Vaccination United Provinces of Agra and Oudh 1902-1913 - 1902-1913
Year: 1902
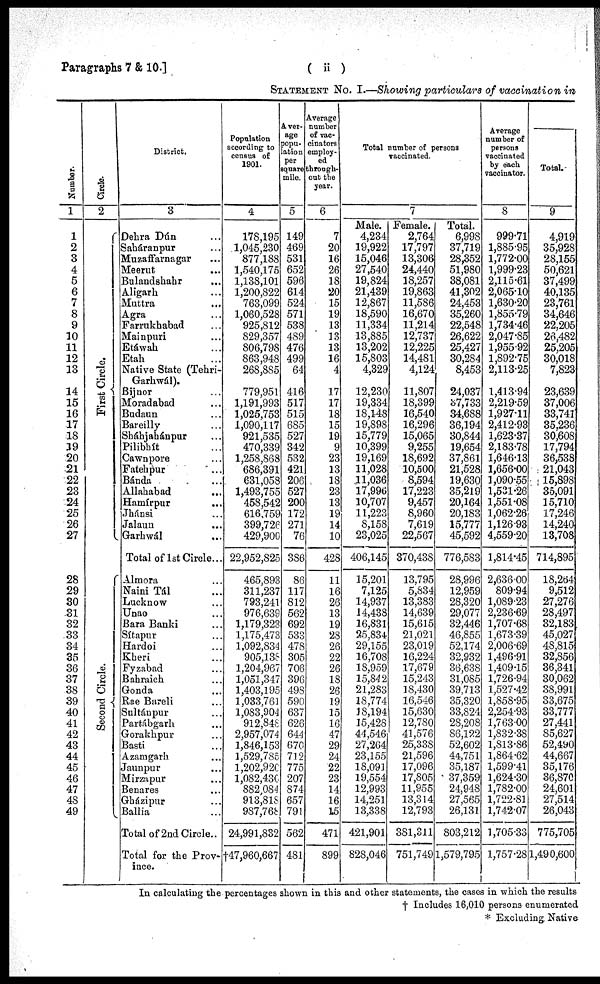
( ii )
Paragraphs 7 & 10.]
STATEMENT No. I.—Showing particulars of vaccination in
Number.
1
1
2
3
4
5
6
7
8
9
10
11
12
13
14
15
16
17
18
19
20
21
22
23
24
25
26
27
28
29
30
31
32
33
34
35
36
37
38
39
40
41
42
43
44
45
46
47
48
49
Circle.
2
First Circle.
Second Circle.
District.
3
Dehra Dún ...
Saháranpur ...
Muzaffarnagar ...
Meerut ...
Bulandshahr ...
Aligarh ...
Muttra ...
Agra ...
Farrukhabad ...
Mainpuri ...
Etáwah ...
Etah ...
Native State (Tehri¬
Garhwál).
Bijnor ...
Moradabad ...
Budaun ...
Bareilly ...
Sháhjahánpur ...
Pilibhít ...
Cawnpore ...
Fatehpur ...
Bánda ...
Allahabad ...
Hamírpur ...
Jhánsi ...
Jalaun ...
Garhwál ...
Total of 1st Circle ...
Almora ...
Naini Tál ...
Lucknow ...
Unao ...
Bara Banki ...
Sítapur ...
Hardoi ...
Kheri ...
Fyzabad ...
Bahraich ...
Gonda ...
Rae Bareli ...
Sultánpur ...
Partábgarh ...
Gorakhpur ...
Basti ...
Azamgarh ...
Jaunpur ...
Mirzapur ...
Benares ...
Gházipur ...
Ballia ...
Total of 2nd Circle ...
Total for the Prov-
ince.
Population
according to
census of
1901.
4
178,195
1,045,230
877,188
1,540,175
1,138,101
1,200,822
763,099
1,060,528
925,812
829,357
806,798
863,948
268,885
779,951
1,191,993
1,025,753
1,090,117
921,535
470,339
1,258,868
686,391
631,058
1,493,755
458,542
616,759
399,726
429,900
22,952,825
465,893
311,237
793,241
976,639
1,179,323
1,175,473
1,092,834
905,138
1,204,967
1,051,347
1,403,195
1,033,761
1,083,904
912,848
2,957,074
1,846,153
1,529,785
1,202,920
1,082,430
882,084
913,818
987,768
24,991,832
†47,960,667
Aver-
age
popu-
lation
per
square
mile.
5
149
469
531
652
596
614
524
571
538
489
476
499
64
416
517
515
685
527
342
532
421
206
527
200
172
271
76
386
86
117
812
562
692
533
478
305
706
396
498
590
637
626
644
670
712
775
207
874
657
791
562
481
Average
number
of vac¬
cinators
employ-
ed
through-
out the
year.
6
7
20
16
26
18
20
15
19
13
13
13
16
4
17
17
18
15
19
9
23
13
18
23
13
19
14
10
428
11
16
26
13
19
28
26
22
26
18
26
19
15
16
47
29
24
22
23
14
16
15
471
899
Total number of persons
vaccinated.
7
Male.
4,234
19,922
15,046
27,540
19,824
21,439
12,867
18,590
11,334
13,885
13,202
15,803
4,329
12,230
19,334
18,148
19,898
15,779
10,399
19,169
11,028
11,036
17,996
10,707
11,223
8,158
23,025
406,145
15,201
7,125
14,937
14,438
16,831
25,834
29,155
16,708
18,959
15,842
21,283
18,774
18,194
15,428
44,546
27,264
23,155
18,091
19,554
12,993
14,251
13,338
421,901
828,046
Female.
2,764
17,797
13,306
24,440
18,257
19,863
11,586
16,670
11,214
12,737
12,225
14,481
4,124
11,807
18,399
16,540
16,296
15,065
9,255
18,692
10,500
8,594
17,223
9,457
8,960
7,619
22,567
370,438
13,795
5,834
13,383
14,639
15,615
21,021
23,019
16,224
17,679
15,243
18,430
16,546
15,630
12,780
41,576
25,338
21,596
17,096
17,805
11,955
13,314
12,793
381,311
751,749
Total.
6,998
37,719
28,352
51,980
38,081
41,302
24,453
35,260
22,548
26,622
25,427
30,284
8,453
24,037
37,733
34,688
36,194
30,844
19,654
37,861
21,528
19,630
35,219
20,164
20,183
15,777
45,592
776,583
28,996
12,959
28,320
29,077
32,446
46,855
52,174
32,932
36,638
31,085
39,713
35,320
33,824
28,208
86,122
52,602
44,751
35,187
37,359
24,948
27,565
26,131
803,212
1,579,795
Average
number of
persons
vaccinated
by each
vaccinator.
8
999.71
1,885.95
1,772.00
1,999.23
2,115.61
2,065.10
1,630.20
1,855.79
1,734.46
2,047.85
1,955.92
1,892.75
2,113.25
1,413.94
2,219.59
1,927.11
2,412.93
1,623.37
2,183.78
1,646.13
1,656.00
1,090.55
1,531.26
1,551.08
1,062.26
1,126.93
4,559.20
1,814.45
2,636.00
809.94
1,089.23
2,236.69
1,707.68
1,673.39
2,006.69
1,496.91
1,409.15
1,726.94
1,527.42
1,858.95
2,254.93
1,763.00
1,832.38
1,813.86
1,864.62
1,599.41
1,624.30
1,782.00
1,722.81
1,742.07
1,705.33
1,757.28
Total.
9
4,919
35,928
28,155
50,621
37,499
40,135
23,761
34,646
22,205
26,482
25,205
30,018
7,823
23,639
37,006
33,741
35,236
30,608
17,794
36,538
21,043
15,898
35,091
15,710
17,246
14,240
13,708
714,895
18,264
9,512
27,276
28,497
32,183
45,027
48,815
32,856
36,341
30,062
38,991
33,675
33,777
27,441
85,627
52,490
44,667
35,176
36,870
24,601
27,514
26,043
775,705
1,490,600
In calculating the percentages shown in this and other statements, the cases in which the results
† Includes 16,010 persons enumerated
* Excluding Native